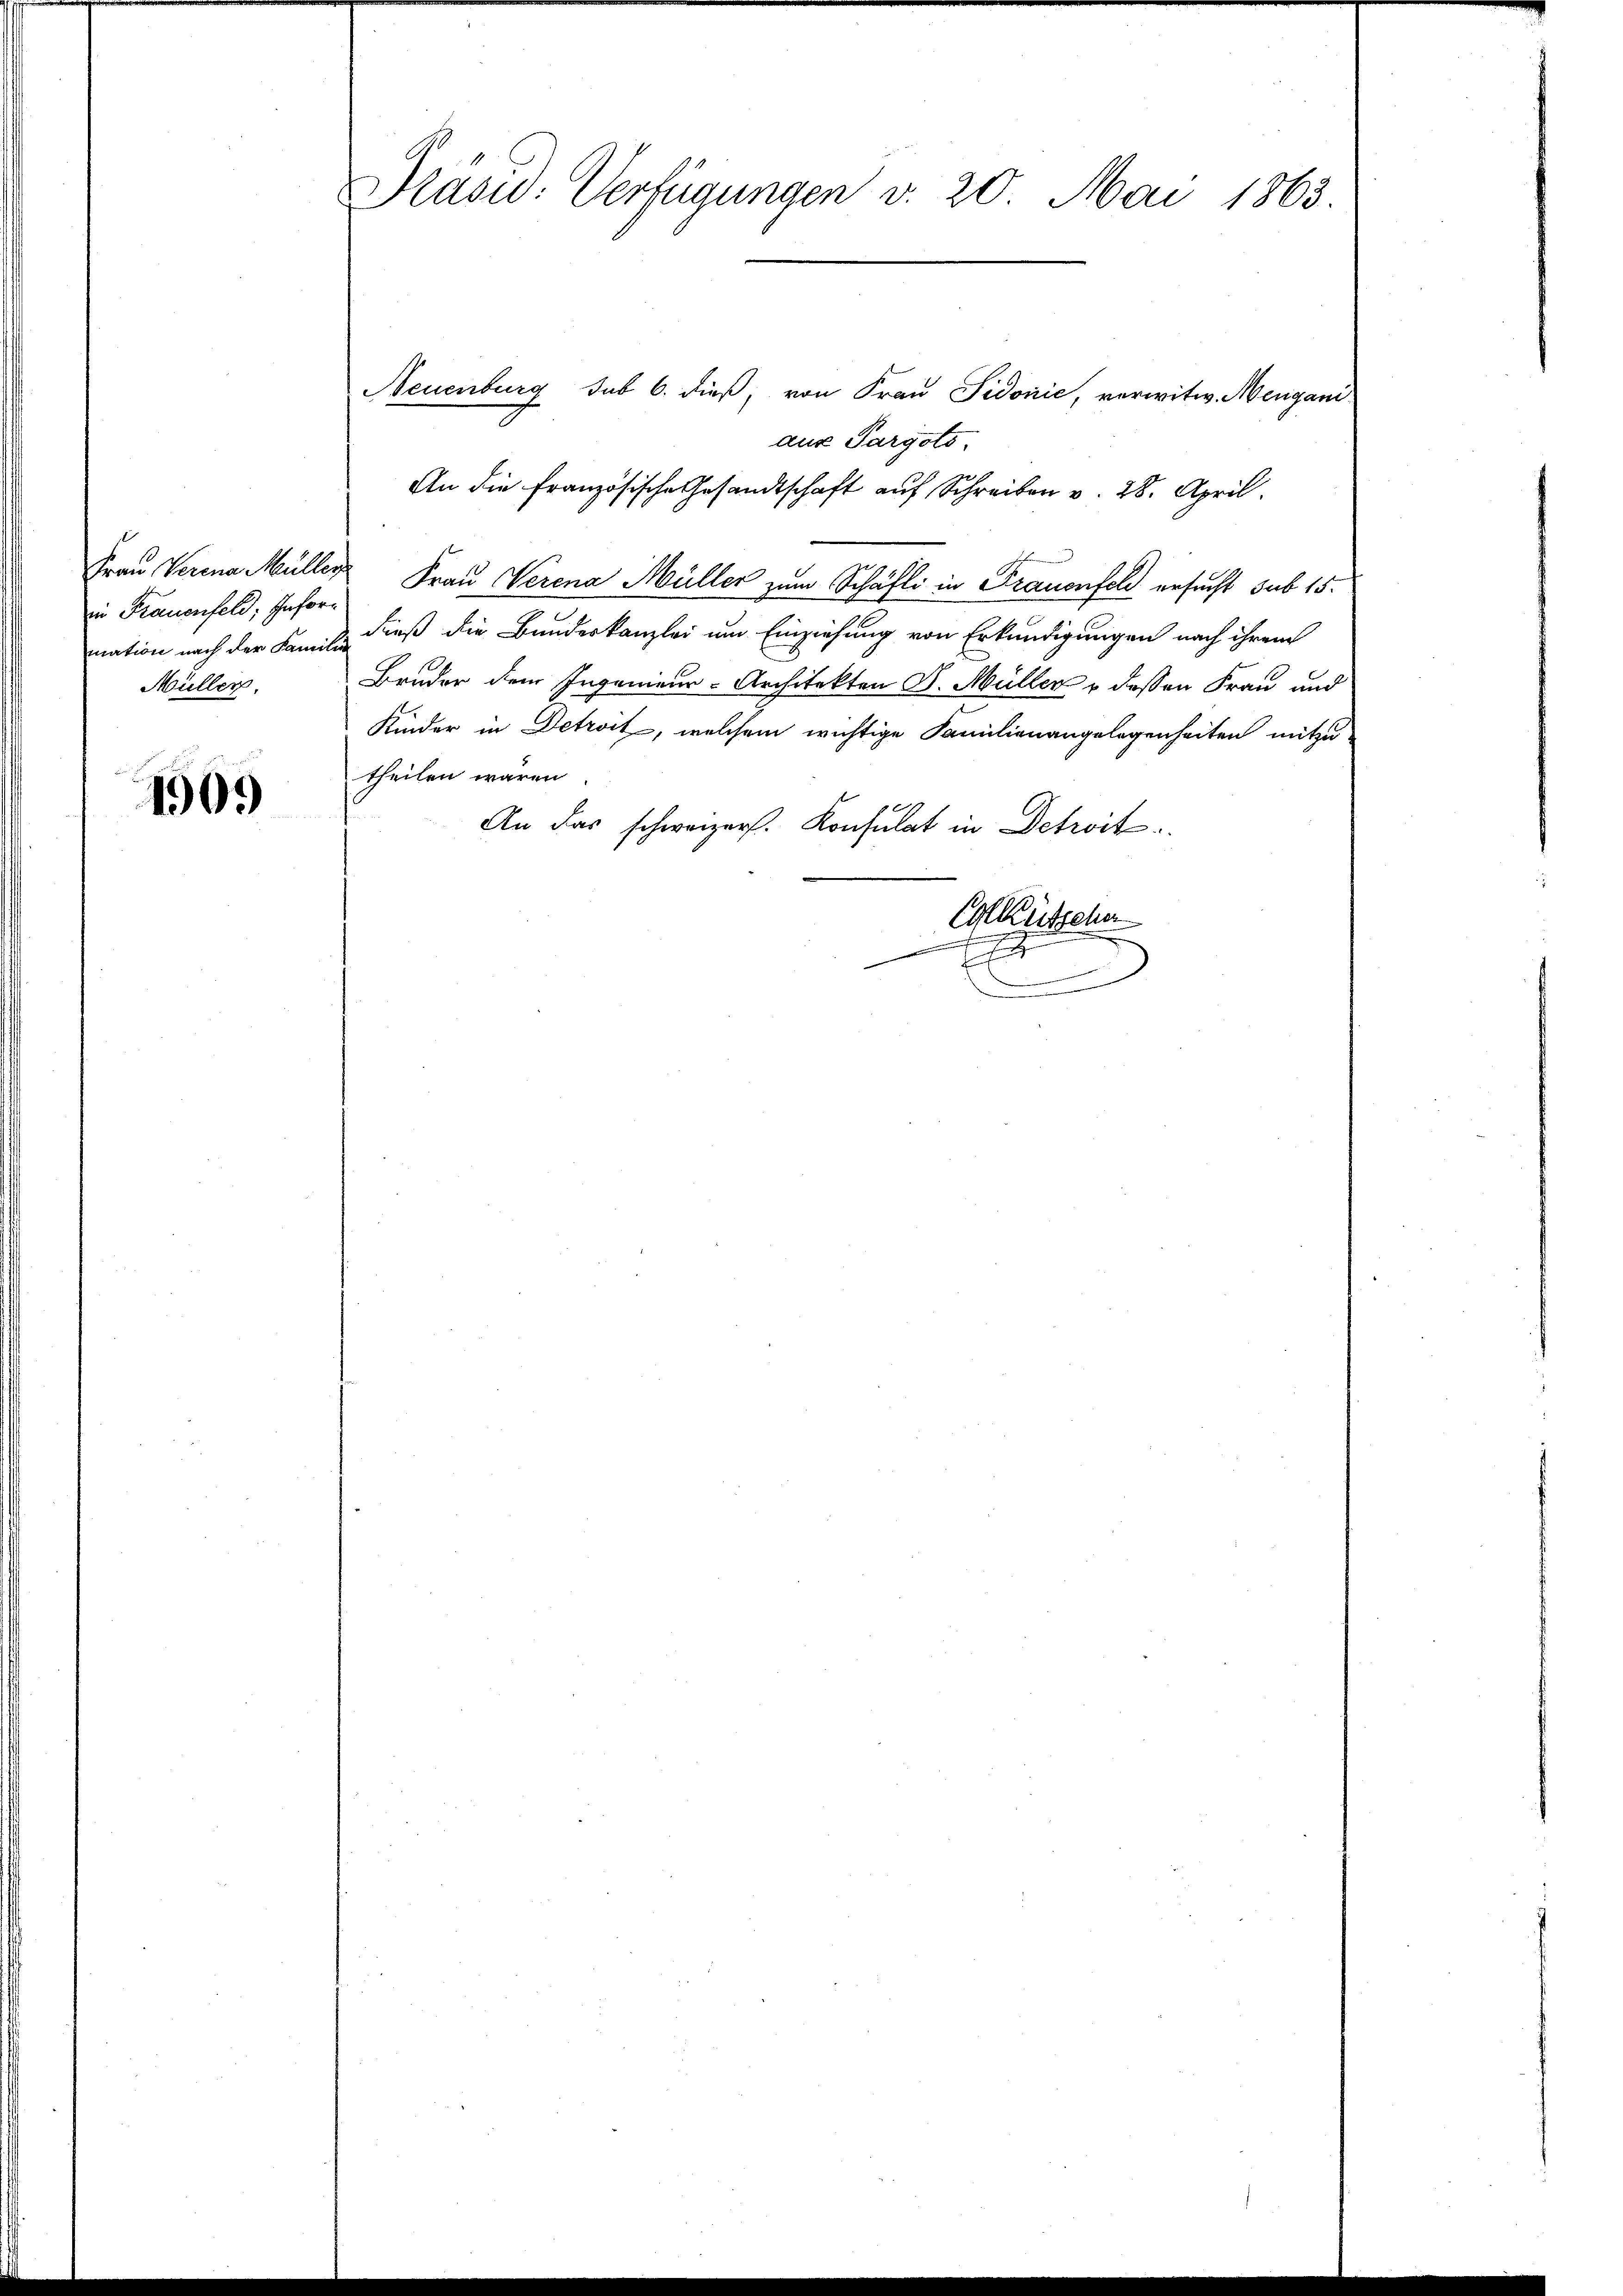
in Frauenfeld, Infor¬
Müller.

1909

Präsid. Verfügungen v. 20. Mai 1863.

Neuenburg sub 6. dieß, von Frau Sidonić, verwitw. Mergani
aus Pargots.
An die französische Gesandtschaft auf Schreiben v. 28. April.
Frau Verena Müller Frau Verena Müller zum Schäfli in Frauenfeld ersucht sub 15.
nation nach der Familie dieß die Bundeskanzlei um Einziehung von Erkundigungen nach ihrem
Bruder dem Ingenieur-Architekten J. Müller v dessen Frau und
Kinder in Detroit, welchem wichtige Familienangelegenheiten mitzu-
theilen wären.
An das schweizer. Konsulat in Detwit
CKütscher
.
.
x